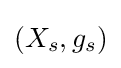
(X_{s},g_{s})